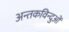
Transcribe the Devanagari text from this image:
अन्तकविन्दुओं